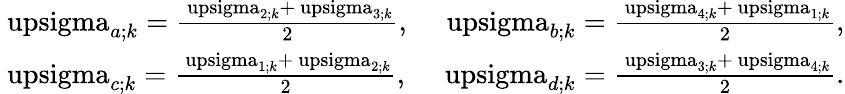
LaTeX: \begin{array}{r}{\mathrm{\ upsigma}_{a;k}=\frac{\mathrm{\ upsigma}_{2;k}+\mathrm{\ upsigma}_{3;k}}{2},\quad\mathrm{\ upsigma}_{b;k}=\frac{\mathrm{\ upsigma}_{4;k}+\mathrm{\ upsigma}_{1;k}}{2},}\\ {\mathrm{\ upsigma}_{c;k}=\frac{\mathrm{\ upsigma}_{1;k}+\mathrm{\ upsigma}_{2;k}}{2},\quad\mathrm{\ upsigma}_{d;k}=\frac{\mathrm{\ upsigma}_{3;k}+\mathrm{\ upsigma}_{4;k}}{2}.}\end{array}